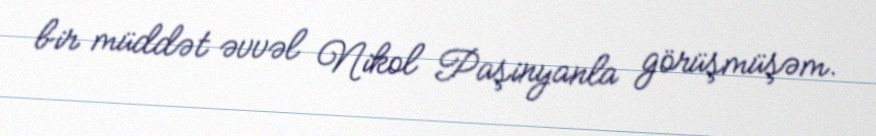
bir müddət əvvəl Nikol Paşinyanla görüşmüşəm.